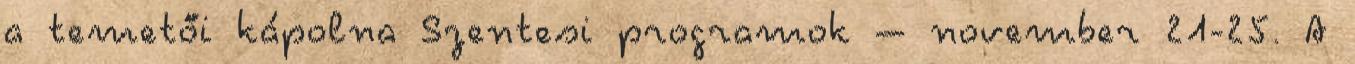
a temetői kápolna Szentesi programok – november 21-25. A